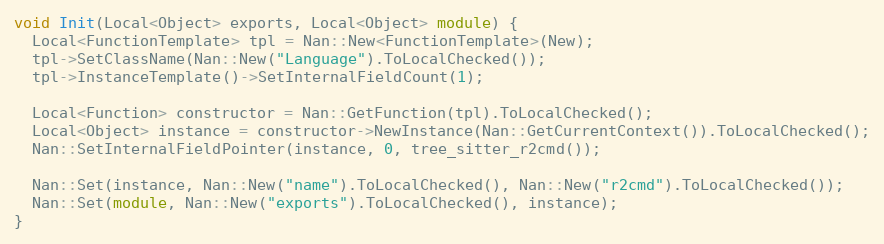
Language: C++
void Init(Local<Object> exports, Local<Object> module) {
  Local<FunctionTemplate> tpl = Nan::New<FunctionTemplate>(New);
  tpl->SetClassName(Nan::New("Language").ToLocalChecked());
  tpl->InstanceTemplate()->SetInternalFieldCount(1);

  Local<Function> constructor = Nan::GetFunction(tpl).ToLocalChecked();
  Local<Object> instance = constructor->NewInstance(Nan::GetCurrentContext()).ToLocalChecked();
  Nan::SetInternalFieldPointer(instance, 0, tree_sitter_r2cmd());

  Nan::Set(instance, Nan::New("name").ToLocalChecked(), Nan::New("r2cmd").ToLocalChecked());
  Nan::Set(module, Nan::New("exports").ToLocalChecked(), instance);
}